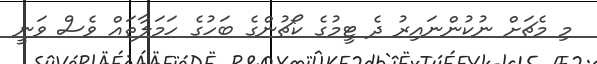
މި މެޗަށް ނުކުންނައިރު ދެ ޓީމުގެ ކޯޗުންގެ ބަހުގެ ހަމަލާތައް ވެސް ވަނީ